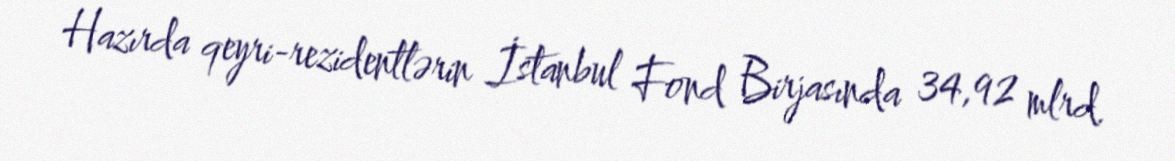
Hazırda qeyri-rezidentlərin İstanbul Fond Birjasında 34,92 mlrd.